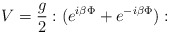
\begin{align*}V=\frac{g}{2}:(e^{i\beta \Phi }+e^{-i\beta \Phi }):\end{align*}